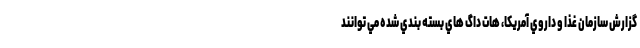
گزارش سازمان غذا و داروي آمريكا، هات داگ هاي بسته بندي شده مي توانند